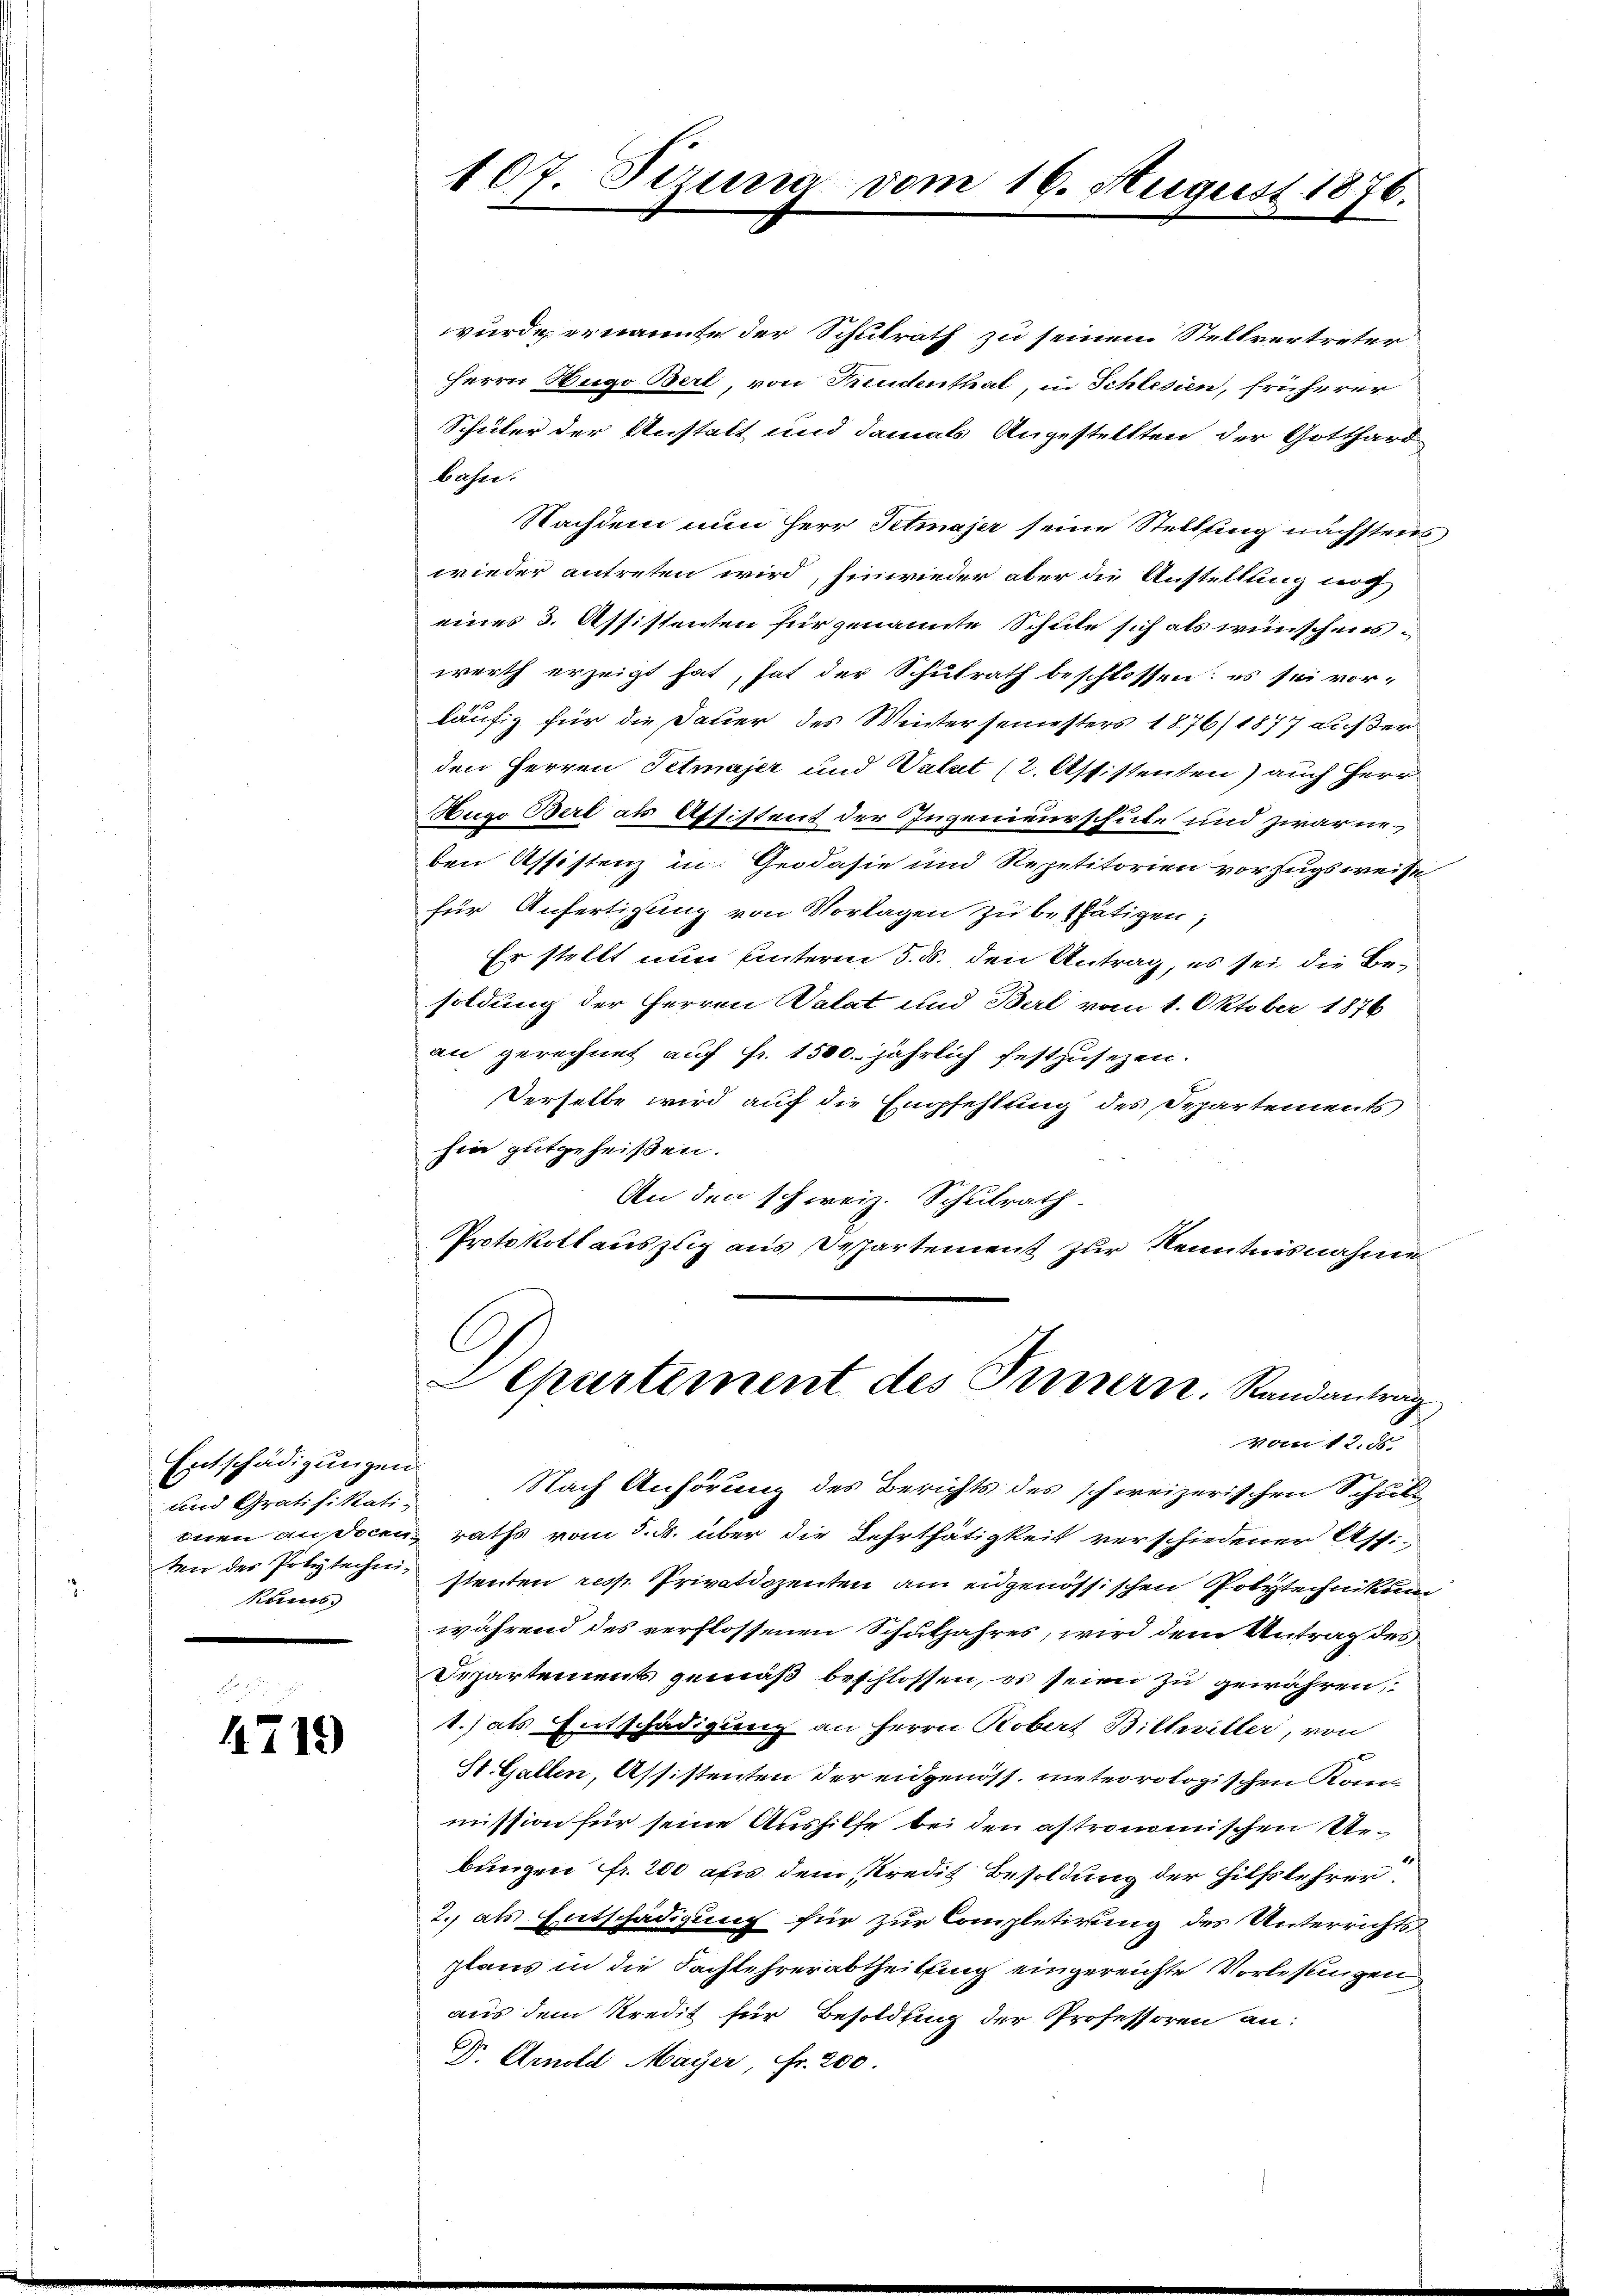
Entschädigungen
und Gratifikati
kans

4719

wurde ernannte der Schulrath zu seinem Stellvertreter
Herrn Hugo Bert, von Freudenthal, in Schlesin, früherer
Schüler der Anstalt und damals Angestellten der Gotthard
bahn.
Nachdem nun Herr Petmajer seine Stelling nächstens
wieder antreten wird, hinwieder aber die Anstellung noch
eines 3. Assistenten für genannte Schule sich als wünschens-
werth erzeigt hat, hat der Schulrath beschlossen: es sei vorläufig für die Dauer des Wintersemesters 1876/ 1877 außer
den Herren Petmajer und Vatt (2. Assistenten) auch Herr
Hugo Berl als Affistent der Ingenieurschul- und zwarneben Assistenz in: Geodasie und Repetitorien vorzugsweise
für Anfertigung von Vorlagen zu bethätigen;
Er stellt nun unterm 5. ds. den Antrag, es sei die Besoldung der Herren Valat und Berl vom 1. Oktober 1876
an gerechnet auf Fr. 1500. jährlich festzusezen.
Derselbe wird auf die Empfehlung des Departements
hin gutgeheißen.
An den schweiz. Schulrath.
Protokollauszug aus Departement zur Kenntnisnahme
Departement des Innern. Randantrag
vom 12. ds.
Nach Anhörung des Berichts des schweizerischen Schul
bnen an docen raths vom 5. ds. über die Lehrthätigkeit verschiedener Assiten der Polytechen stanten resp. Privatdozenten am eidgenössischen Polytechnikum
während des verflossenen Schuljahres, wird dem Antrag des
Departements gemäß beschlossen, es seien zu gewähren,
1.) als Entschädigung an Herrn Robert Bilhviller, von
St. Gallen, Assistenten der eidgenöss. meteorologischen Kommission für seine Aushilfe bei den astronomischen Urbungen fr. 200 aus dem Kredit Besoldung der Hilfslehrer
2. als Entschädigung für zur Completirung des Unterrichts
plaus in die Sachlehrerabtheilung eingereichte Vorlesungen
aus dem Kredit für Besoldung der Professoren an:
Dr. Arnold Mayer, Fr. 200.

107. Sizung vom 16. August 1876.